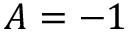
A = - 1